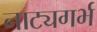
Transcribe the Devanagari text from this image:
नाट्यगर्भ